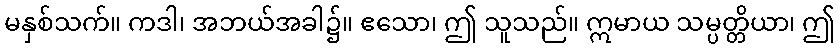
မနှစ်သက်။ ကဒါ၊ အဘယ်အခါ၌။ ဧသော၊ ဤ သူသည်။ ဣမာယ သမ္ပတ္တိယာ၊ ဤ